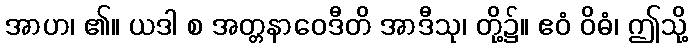
အာဟ၊ ၏။ ယဒါ စ အတ္တနာဝေဒီတိ အာဒီသု၊ တို့၌။ ဧဝံ ဝိဓံ၊ ဤသို့